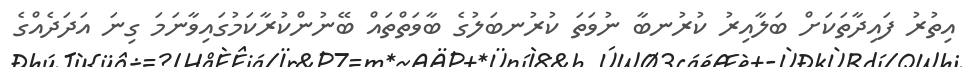
އިތުރު ފައިދާތަކަށް ބަލާއިރު ކުރުނބާ ނުވަތަ ކުރުނބަލުގެ ބާވަތްތައް ބޭނުންކުރާކަމުގައިވާނަމަ ގިނަ އަދަދެއްގެ